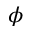
\phi